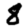
Digit: 8